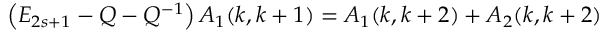
\left( E _ { 2 s + 1 } - Q - Q ^ { - 1 } \right) A _ { 1 } ( k , k + 1 ) = A _ { 1 } ( k , k + 2 ) + A _ { 2 } ( k , k + 2 )